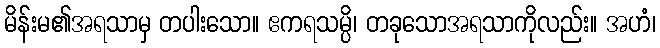
မိန်းမ၏အရသာမှ တပါးသော။ ဧကရသမ္ပိ၊ တခုသောအရသာကိုလည်း။ အဟံ၊